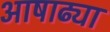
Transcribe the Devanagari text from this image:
आषाढ्या